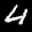
Label: 4